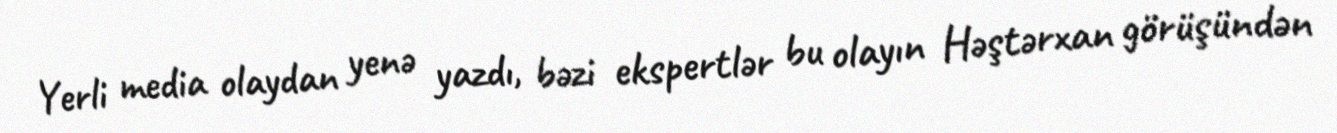
Yerli media olaydan yenə yazdı, bəzi ekspertlər bu olayın Həştərxan görüşündən